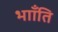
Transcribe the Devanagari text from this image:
भााँति